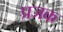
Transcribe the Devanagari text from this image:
प्रजक